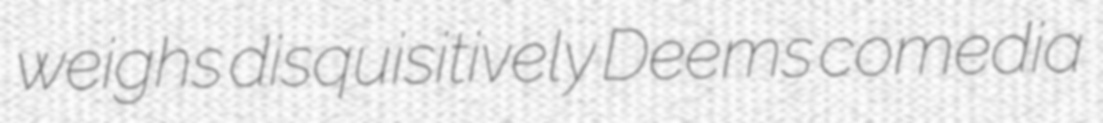
weighs disquisitively Deems comedia